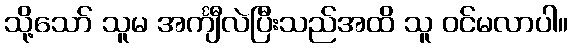
သို့သော် သူမ အင်္ကျီလဲပြီးသည်အထိ သူ ဝင်မလာပါ။